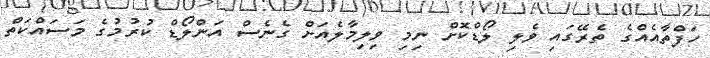
ހަފްތާއެއްގެ ތެރޭގައި ވެލި ލޯޑްކޮށް ނިމި ވިލިމާލެއަށް ގެނެސް އަންލޯޑް ކުރުމުގެ މަސައްކަތް